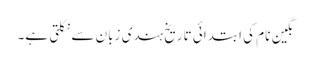
نگین نام کی ابتدائی تاریخ ہندی زبان سے نکلتی ہے۔